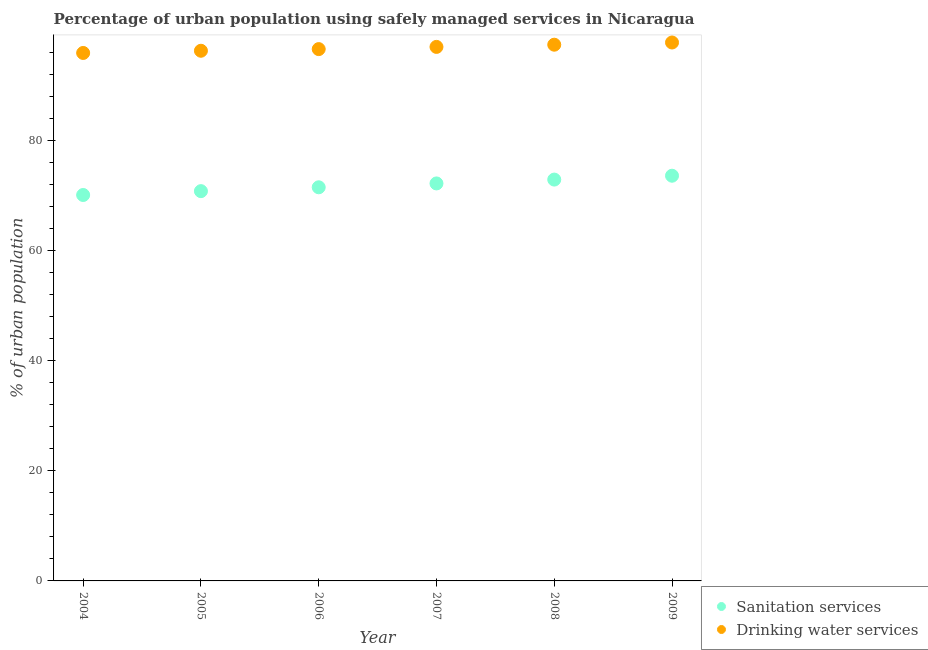
| Year | Sanitation services | Drinking water services |
 | --- | --- | --- |
 | 2004 | 70.1 | 95.9 |
 | 2005 | 70.8 | 96.3 |
 | 2006 | 71.5 | 96.6 |
 | 2007 | 72.2 | 97 |
 | 2008 | 72.9 | 97.4 |
 | 2009 | 73.6 | 97.8 |